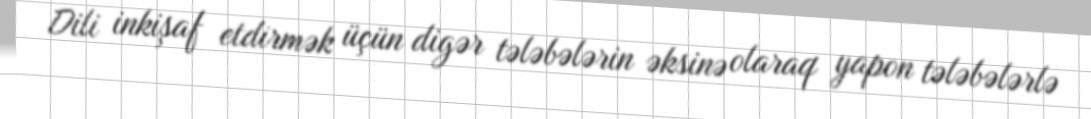
Dili inkişaf etdirmək üçün digər tələbələrin əksinə olaraq yapon tələbələrlə